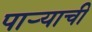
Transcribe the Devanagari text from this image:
पार्‍याची